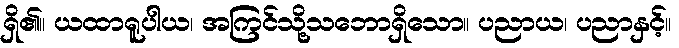
ရှိ၏။ ယထာရူပါယ၊ အကြင်သို့သဘောရှိသော။ ပညာယ၊ ပညာနှင့်။